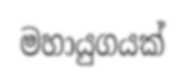
මහායුගයක්